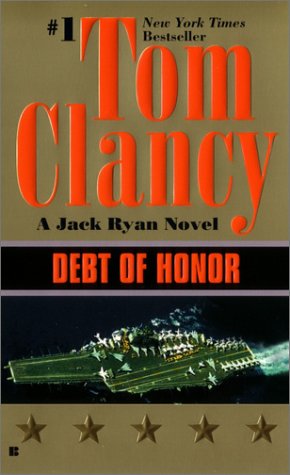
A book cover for Debt of Honor (A Jack Ryan Novel); Tom Clancy; Mystery, Thriller & Suspense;